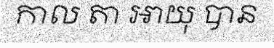
កាល តា អាយុ បាន